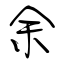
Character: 余